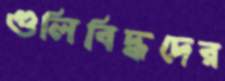
গুলিবিদ্ধদের